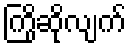
ကြိုဆိုလျက်